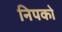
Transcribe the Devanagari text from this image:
निपको